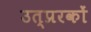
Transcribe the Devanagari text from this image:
उत्प्ररकों